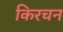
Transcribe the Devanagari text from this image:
किरचन